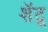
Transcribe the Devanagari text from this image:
शॅटू